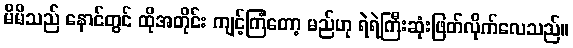
မိမိသည် နောင်တွင် ထိုအတိုင်း ကျင့်ကြံတော့ မည်ဟု ရဲရဲကြီးဆုံးဖြတ်လိုက်လေသည်။